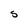
Character: S